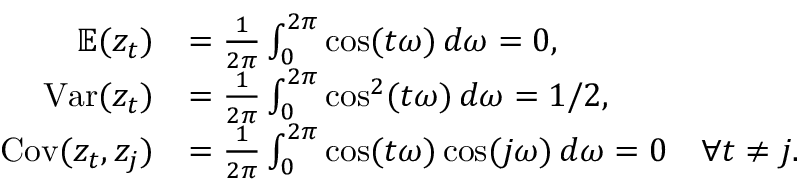
{ \begin{array} { r l } { \mathbb { E } ( z _ { t } ) } & { = { \frac { 1 } { 2 \pi } } \int _ { 0 } ^ { 2 \pi } \cos ( t \omega ) \, d \omega = 0 , } \\ { \operatorname { V a r } ( z _ { t } ) } & { = { \frac { 1 } { 2 \pi } } \int _ { 0 } ^ { 2 \pi } \cos ^ { 2 } ( t \omega ) \, d \omega = 1 / 2 , } \\ { \operatorname { C o v } ( z _ { t } , z _ { j } ) } & { = { \frac { 1 } { 2 \pi } } \int _ { 0 } ^ { 2 \pi } \cos ( t \omega ) \cos ( j \omega ) \, d \omega = 0 \quad \forall t \neq j . } \end{array} }